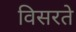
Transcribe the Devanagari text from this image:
विसरते